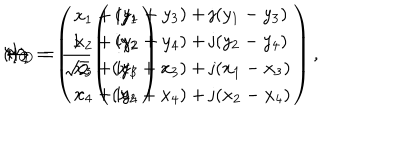
( I ) \hspace { 3 m m } \Psi _ { \bf C } = \left( \begin{array} { c } { { x _ { 1 } + \mathrm { i } y _ { 1 } } } \\ { { x _ { 2 } + \mathrm { i } y _ { 2 } } } \\ { { x _ { 3 } + \mathrm { i } y _ { 3 } } } \\ { { x _ { 4 } + \mathrm { i } y _ { 4 } } } \\ \end{array} \right) \hspace { 5 m m } \leftrightarrow \hspace { 5 m m } \Psi _ { \bf D } = \frac { 1 } { \sqrt { 2 } } \left( \begin{array} { c } { { ( y _ { 1 } + y _ { 3 } ) + \mathrm { j } ( y _ { 1 } - y _ { 3 } ) } } \\ { { ( y _ { 2 } + y _ { 4 } ) + \mathrm { j } ( y _ { 2 } - y _ { 4 } ) } } \\ { { ( x _ { 1 } + x _ { 3 } ) + \mathrm { j } ( x _ { 1 } - x _ { 3 } ) } } \\ { { ( x _ { 2 } + x _ { 4 } ) + \mathrm { j } ( x _ { 2 } - x _ { 4 } ) } } \\ \end{array} \right) ,